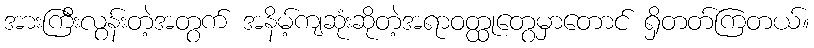
အားကြီးလွန်းတဲ့အတွက် အနိမ့်ကျဆုံးဆိုတဲ့အရာဝတ္ထုတွေမှာတောင် ရှိတတ်ကြတယ်။